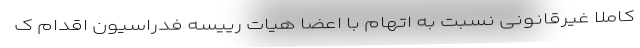
کاملا غیرقانونی نسبت به اتهام با اعضا هیات رییسه فدراسیون اقدام ک